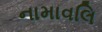
નામાવલિ